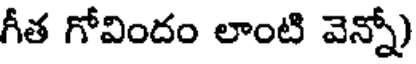
గీత గోవిందం లాంటి వెన్నో)